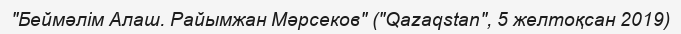
"Беймәлім Алаш. Райымжан Мәрсеков" ("Qazaqstan", 5 желтоқсан 2019)